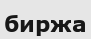
биржа